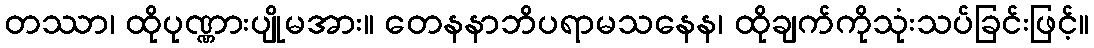
တဿာ၊ ထိုပုဏ္ဏားပျိုမအား။ တေနနာဘိပရာမသနေန၊ ထိုချက်ကိုသုံးသပ်ခြင်းဖြင့်။